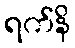
ရက်နိ